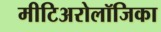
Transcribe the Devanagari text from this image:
मीटिअरोलॉजिका